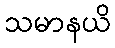
သမာနယိ